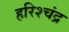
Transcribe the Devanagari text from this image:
हरिश्‍चंद्र